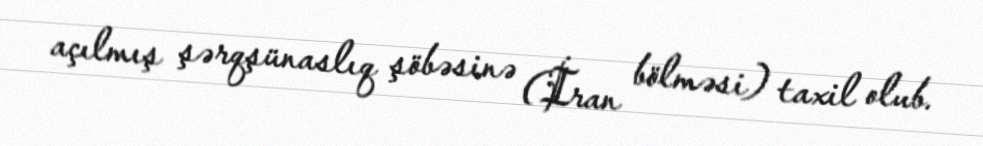
açılmış şərqşünaslıq şöbəsinə (İran bölməsi) taxil olub.